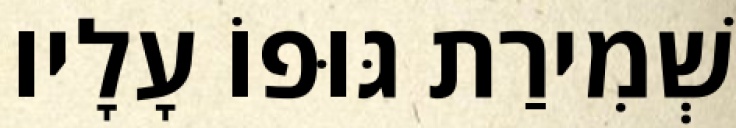
שְׁמִירַת גּוּפוֹ עָלָיו